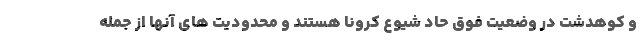
و کوهدشت در وضعیت فوق حاد شیوع کرونا هستند و محدودیت های آنها از جمله